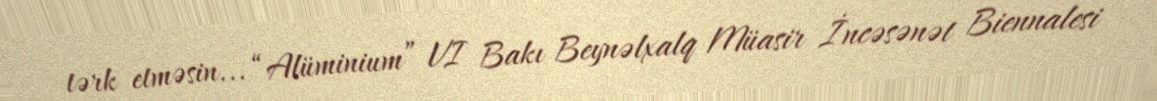
tərk etməsin... “Alüminium” VI Bakı Beynəlxalq Müasir İncəsənət Biennalesi